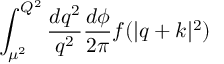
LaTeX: \int _ { \mu ^ { 2 } } ^ { Q ^ { 2 } } \frac { d q ^ { 2 } } { q ^ { 2 } } \frac { d \phi } { 2 \pi } f ( | q + k | ^ { 2 } )